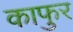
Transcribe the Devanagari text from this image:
काफुर